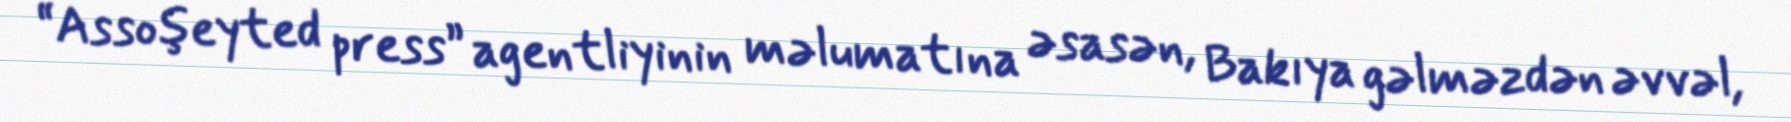
“Assoşeyted press” agentliyinin məlumatına əsasən, Bakıya gəlməzdən əvvəl,